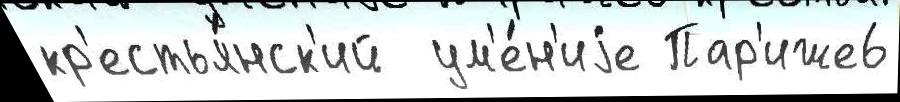
кр'естья́нск'ий  ум'е́н'иjе Пар'иже6